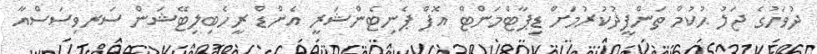
ދުވަހުގެ ޖަލު ޙުކުމް ތަންފީޛުކުރުމަށް ޑިޕާޓްމަންޓް އޮފް ޕެނިޓެންޝަރީ އެންޑް ރީހެބިލިޓޭޝަން ސަރވިސަސްއާ